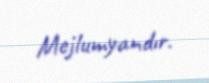
Mejlumyandır.